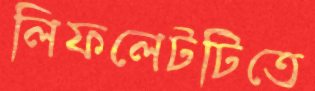
লিফলেটটিতে